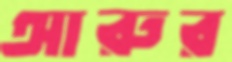
আরুর